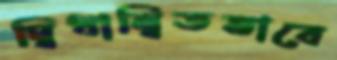
দ্বিধান্বিতভাবে